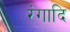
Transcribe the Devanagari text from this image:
रंगादि